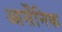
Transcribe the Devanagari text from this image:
आर्सेंनिक